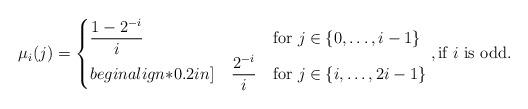
LaTeX: \begin{align*}\mu_i(j)=\begin{cases}\dfrac{1-2^{-i}}{i} & \textrm{for $j\in \{0,\ldots,i-1\}$}\\begin{align*}0.2in]\phantom{aa}\dfrac{2^{-i}}{i} & \textrm{for $j\in \{i,\ldots,2i-1\}$}\end{cases},\textrm{if $i$ is odd.}\end{align*}